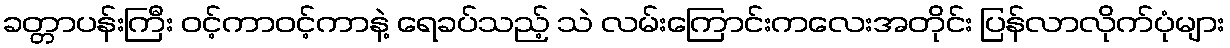
ခတ္တာပန်းကြီး ဝင့်ကာဝင့်ကာနဲ့ ရေခပ်သည့် သဲ လမ်းကြောင်းကလေးအတိုင်း ပြန်လာလိုက်ပုံများ